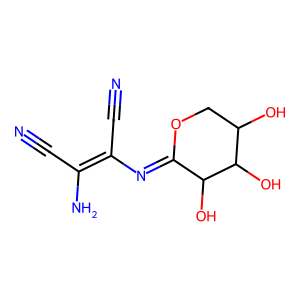
SMILES: N#CC(N)=C(C#N)N=C1OCC(O)C(O)C1O
Inhibits HIV replication: No